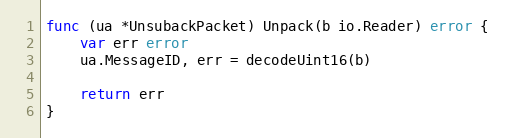
Language: Go
func (ua *UnsubackPacket) Unpack(b io.Reader) error {
	var err error
	ua.MessageID, err = decodeUint16(b)

	return err
}